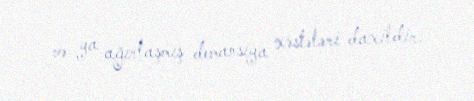
və ya ağırlaşmış demansiya xəstələri daxildir.